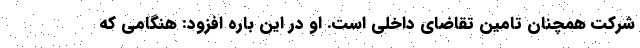
شرکت همچنان تامین تقاضای داخلی است. او در این باره افزود: هنگامی که